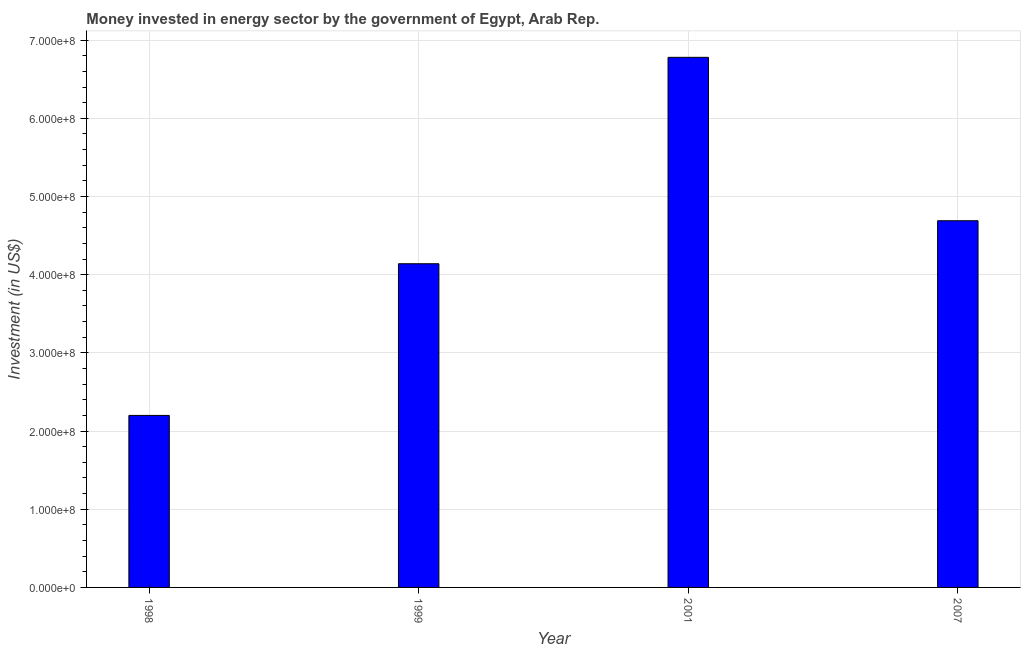
| Year | Investment in energy with private participation (current US$) |
 | --- | --- |
 | 1998 | 2.2e+08 |
 | 1999 | 4.14e+08 |
 | 2001 | 6.78e+08 |
 | 2007 | 4.69e+08 |